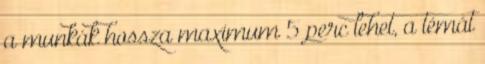
a munkák hossza maximum 5 perc lehet, a témát